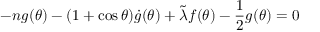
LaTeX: - n g ( \theta ) - ( 1 + \cos \theta ) \dot { g } ( \theta ) + \tilde { \lambda } f ( \theta ) - \frac { 1 } { 2 } g ( \theta ) = 0